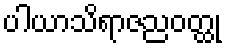
ပါယာသိရာဇညဝတ္ထု